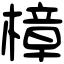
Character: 樟